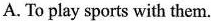
A. To play sports with them.